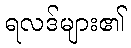
ရလဒ်များ၏